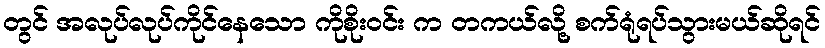
တွင် အလုပ်လုပ်ကိုင်နေသော ကိုစိုးဝင်း က တကယ်လို့ စက်ရုံရပ်သွားမယ်ဆိုရင်